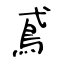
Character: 鳶